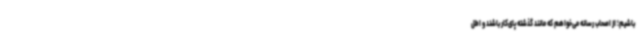
باشیم؛ از اصحاب رسانه می‌خواهم که مانند گذشته پای‌کار باشند و اطل